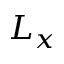
L _ { x }